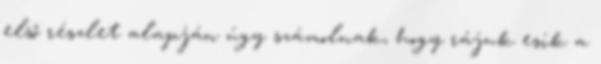
első részlet alapján úgy számolnak, hogy rájuk esik a